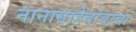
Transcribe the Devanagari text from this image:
नानासाहेबांबाचा